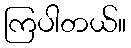
ကြပါတယ်။